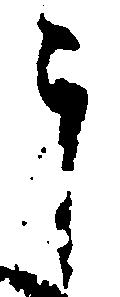
郎